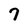
Character: 7